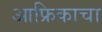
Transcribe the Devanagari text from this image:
आफ्रिकाचा